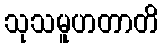
သုသမူဟတာတိ